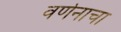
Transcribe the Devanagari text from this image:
वर्णनाचा